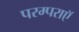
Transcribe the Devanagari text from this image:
परम्पराएॅ